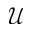
\mathcal { U }